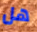
هل